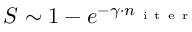
S \sim 1 - e ^ { - \gamma \cdot n _ { \mathrm { ~ i ~ t ~ e ~ r ~ } } }